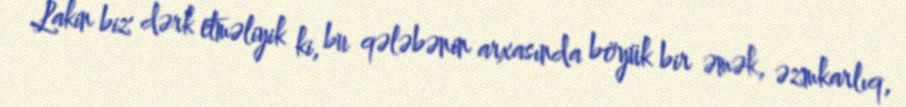
Lakin biz dərk etməliyik ki, bu qələbənin arxasında böyük bir əmək, əzmkarlıq,